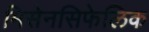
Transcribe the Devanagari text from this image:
मिसेनसिफेलिक